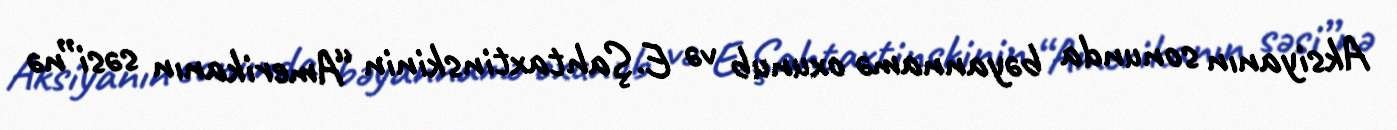
Aksiyanın sonunda bəyannamə oxunub və E.Şahtaxtinskinin “Amerikanın səsi”nə